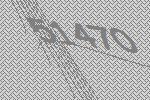
51470